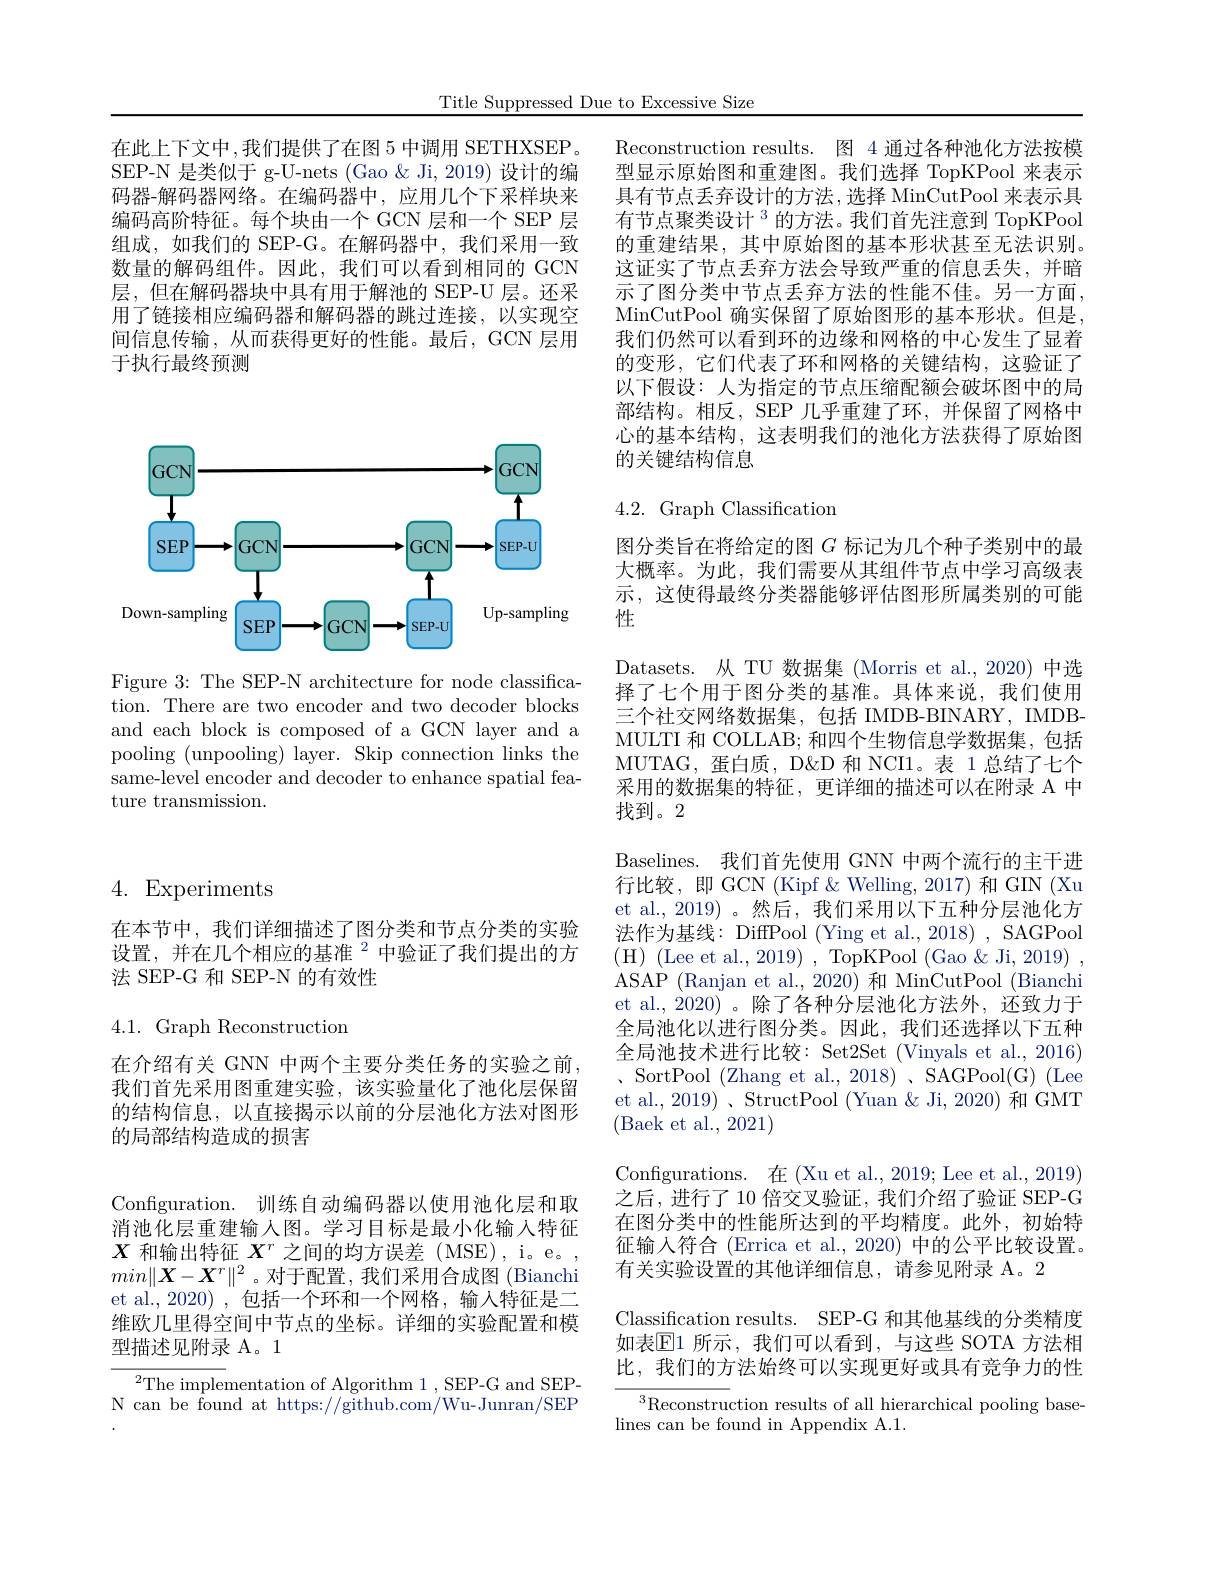
Title Suppressed Due to Excessive Size

在此上下文中，我们提供了在图 5 中调用 SETHXSEP。SEP-N 是类似于 g-U-nets (Gao &Ji, 2019) 设计的编码器-解码器网络。在编码器中，应用几个下采样块来编码高阶特征。每个块由一个 GCN 层和一个 SEP 层组成，如我们的 SEP-G。在解码器中，我们采用一致数量的解码组件。因此，我们可以看到相同的 GCN 层，但在解码器块中具有用于解池的 SEP-U 层。还采用了链接相应编码器和解码器的跳过连接，以实现空间信息传输，从而获得更好的性能。最后，GCN 层用于执行最终预测

<FigureHere>

Figure 3: The SEP-N architecture for node classification. There are two encoder and two decoder blocks and each block is composed of a GCN layer and a pooling (unpooling) layer. Skip connection links the same-level encoder and decoder to enhance spatial feature transmission.

## 4. Experiments

在本节中，我们详细描述了图分类和节点分类的实验设置，并在几个相应的基准$^{2}$中验证了我们提出的方法 SEP-G 和 SEP-N 的有效性

4.1. Graph Reconstruction

在介绍有关 GNN 中两个主要分类任务的实验之前我们首先采用图重建实验，该实验量化了池化层保留的结构信息，以直接揭示以前的分层池化方法对图形的局部结构造成的损害

Configuration. 训练自动编码器以使用池化层和取消池化层重建输人图。学习目标是最小化输入特征$X$和输出特征$X^r$之间的均方误差(MSE),i。e。, $min\|\boldsymbol{X}-\boldsymbol{X}^r\|^2$。对于配置，我们采用合成图(Bianchi et al., 2020) , 包括一个环和一个网格，输入特征是二维欧几里得空间中节点的坐标。详细的实验配置和模型描述见附录 A。1

$^2$The implementation of Algorithm 1 , SEP-G and SEPN can be found at https://github.com/Wu-Junran/SEP

Reconstruction results. 图 4 通过各种池化方法按模型显示原始图和重建图。我们选择 TopKPool 来表示具有节点丢弃设计的方法，选择 MinCutPool 来表示具有节点聚类设计$^{3}$的方法。我们首先注意到 TopKPool 的重建结果，其中原始图的基本形状甚至无法识别。这证实了节点丢弃方法会导致严重的信息丢失，并暗示了图分类中节点丢弃方法的性能不佳。另一方面， MinCutPool 确实保留了原始图形的基本形状。但是， 我们仍然可以看到环的边缘和网格的中心发生了显着的变形，它们代表了环和网格的关键结构，这验证了以下假设：人为指定的节点压缩配额会破坏图中的局部结构。相反，SEP 几乎重建了环，并保留了网格中心的基本结构，这表明我们的池化方法获得了原始图的关键结构信息

## $4.2.{\mathrm{~Graph~Classification}}$

图分类旨在将给定的图$G$标记为几个种子类别中的最大概率。为此，我们需要从其组件节点中学习高级表示，这使得最终分类器能够评估图形所属类别的可能性
Datasets. 从 TU 数据集 (Morris et al., 2020) 中选择了七个用于图分类的基准。具体来说，我们使用三个社交网络数据集，包括 IMDB-BINARY, IMDBMULTI 和 COLLAB; 和四个生物信息学数据集，包括MUTAG,蛋白质，D&D&和 NCI1。表 1 总结了七个采用的数据集的特征，更详细的描述可以在附录 A 中找到。2
Baselines. 我们首先使用 GNN 中两个流行的主干进行比较，即 GCN (Kipf & Welling, 2017) 和 GIN (Xu et al.,2019)。然后，我们采用以下五种分层池化方${\text{法作为基线：DiffPool}}\left({\mathrm{Ying~et~al.,2018}}\right),{\mathrm{SAGPool}}$ ASAP (Ranjan et al., 2020) 和 MinCutPool (Bianchi et al.,2020)。除了各种分层池化方法外，还致力于全局池化以进行图分类。因此，我们还选择以下五种全局池技术进行比较：Set2Set (Vinyals et al., 2016) 、 SortPool ( Zhang et al. , 2018) , SAGPool( G) ( Lee et al., 2019) 、StructPool (Yuan & Ji, 2020) 和 GMT (Baek et al., 2021)
Configurations. 在 (Xu et al., 2019; Lee et al., 2019) 之后，进行了 10 倍交叉验证，我们介绍了验证 SEP-G 在图分类中的性能所达到的平均精度。此外，初始特征输入符合 (Errica et al., 2020) 中的公平比较设置。有关实验设置的其他详细信息，请参见附录 A。2
Classification results. SEP-G 和其他基线的分类精度如表$\mathbb{E}$1 所示，我们可以看到，与这些 SOTA 方法相比，我们的方法始终可以实现更好或具有竞争力的性
$^3{\mathrm{Reconstruction~results~of~all~hierarchical~pooling~base-}}$

lines can be found in Appendix A.1.